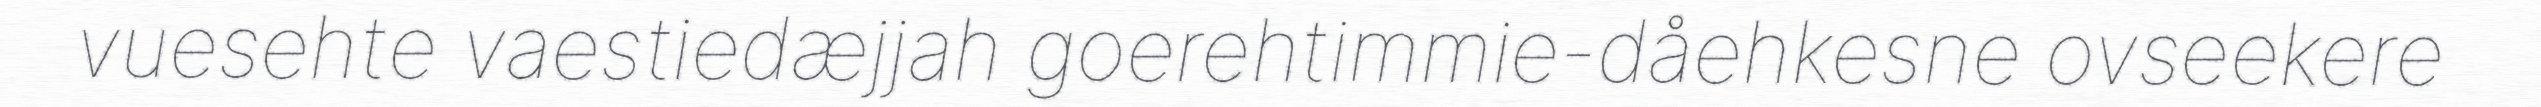
vuesehte vaestiedæjjah goerehtimmie-dåehkesne ovseekere